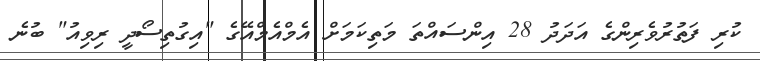
ކުރި ފަތުރުވެރިންގެ އަދަދު 28 އިންސައްތަ މަތިކަމަށް އެމްއެމްއޭގެ "އިގުތިސޯދީ ރިވިއު" ބުނެ